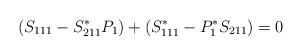
LaTeX: \begin{align*}(S_{111}-S_{211}^*P_1)+(S_{111}^*-P_1^*S_{211})=0\end{align*}